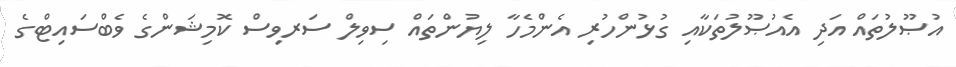
އުޞޫލުތައް އަދި އެއުޞޫލުތަކާއި ގުޅުންހުރި އެންމެހާ ލިޔުންތައް ސިވިލް ސަރވިސް ކޮމިޝަންގެ ވެބްސައިޓްގެ